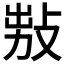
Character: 𢽅